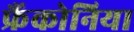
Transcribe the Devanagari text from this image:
फ्रैंकोनिया